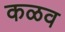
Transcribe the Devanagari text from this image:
कळव